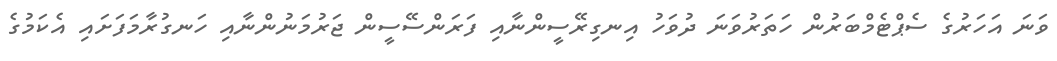
ވަނަ އަހަރުގެ ސެޕްޓެމްބަރުން ހަތަރުވަނަ ދުވަހު އިނގިރޭސީންނާއި ފަރަންސޭސީން ޖަރުމަނުންނާއި ހަނގުރާމަފަށައި އެކަމުގެ